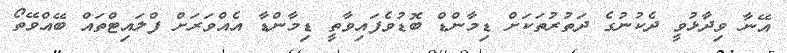
އޭނާ ވިދާޅުވީ ދެކުނުގެ ދަތުރުތަކަށް ޑިމާންޑް ބޮޑުވެފައިވާތީ ޑިމާންޑާ އެއްވަރަށް ފްލައިޓްތައް ބޭއްވޭތޯ